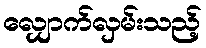
လျှောက်လှမ်းသည့်